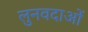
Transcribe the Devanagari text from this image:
लुनवदाओं